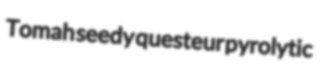
Tomah seedy questeur pyrolytic